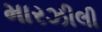
મારઝીલી